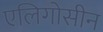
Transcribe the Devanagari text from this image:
एलिगोसीन